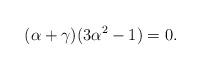
LaTeX: \begin{align*}(\alpha + \gamma) (3\alpha^2 - 1) = 0.\end{align*}